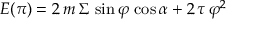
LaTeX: E ( \pi ) = 2 \, m \, \Sigma \, \sin \varphi \, \cos \alpha + 2 \, \tau \, \varphi ^ { 2 }